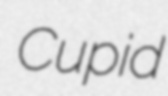
Cupid